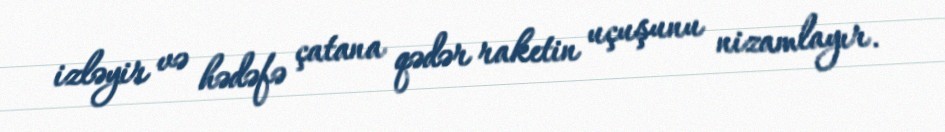
izləyir və hədəfə çatana qədər raketin uçuşunu nizamlayır.